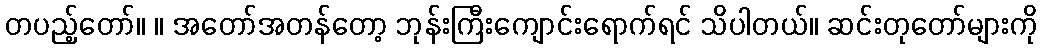
တပည့်တော်။ ။ အတော်အတန်တော့ ဘုန်းကြီးကျောင်းရောက်ရင် သိပါတယ်။ ဆင်းတုတော်များကို